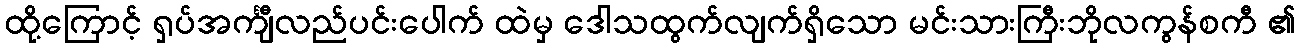
ထို့ကြောင့် ရှပ်အင်္ကျီလည်ပင်းပေါက် ထဲမှ ဒေါသထွက်လျက်ရှိသော မင်းသားကြီးဘိုလကွန်စကီ ၏